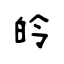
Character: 皊